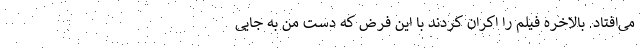
می‌افتاد. بالاخره فیلم را اکران کردند با این فرض که دست من به جایی